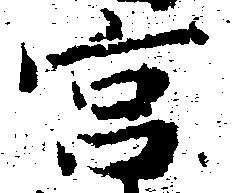
宮